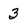
Character: 3